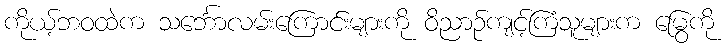
ကိုယ့်ဘဝထဲက သင်္ဘောလမ်းကြောင်းများကို ဝိညာဉ်ကျင့်ကြံသူများက မြွေကို